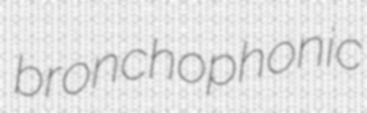
bronchophonic